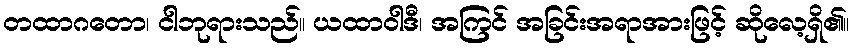
တထာဂတော၊ ငါဘုရားသည်။ ယထာဝါဒီ၊ အကြင် အခြင်းအရာအားဖြင့် ဆိုလေ့ရှိ၏။